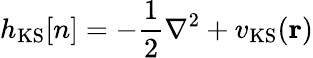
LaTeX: h_{\mathrm{KS}}[n]=-\frac{1}{2}\nabla^{2}+v_{\mathrm{KS}}(\textbf{r})